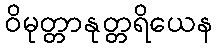
ဝိမုတ္တာနုတ္တရိယေန